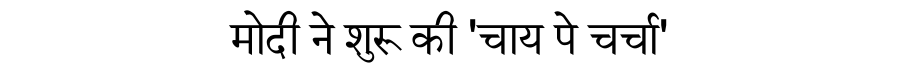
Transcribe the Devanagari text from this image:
मोदी ने शुरू की 'चाय पे चर्चा'